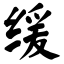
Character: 缓